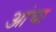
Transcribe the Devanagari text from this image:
आंचा